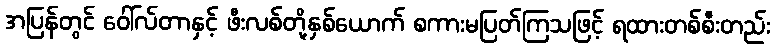
အပြန်တွင် ဝေါ်လ်တာနှင့် ဖီးလစ်တို့နှစ်ယောက် စကားမပြတ်ကြသဖြင့် ရထားတစ်စီးတည်း